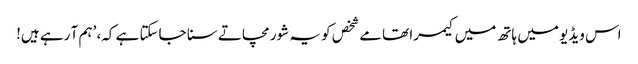
اس ویڈیو میں ہاتھ میں کیمرا تھامے شخص کو یہ شور مچاتے سنا جاسکتا ہے کہ، ’ہم آ رہے ہیں!